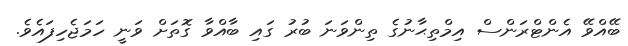
ބޭއްވޭ އެންޓްރަންސް އިމްތިޙާނުގެ ތިންވަނަ ބުރު ގައި ބާއްވާ ގޮތަށް ވަނީ ހަމަޖެހިފައެވެ.